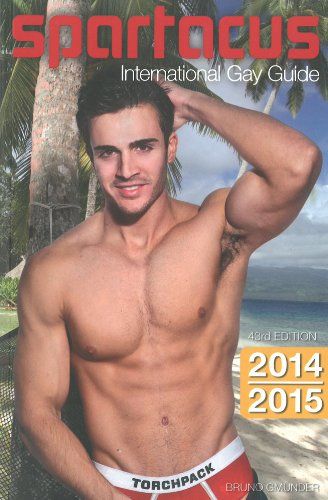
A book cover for Spartacus International Gay Guide 2014/2015; Briand Bedford-Eichler; Gay & Lesbian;